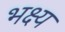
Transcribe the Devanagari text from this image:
भक्ष्‍य